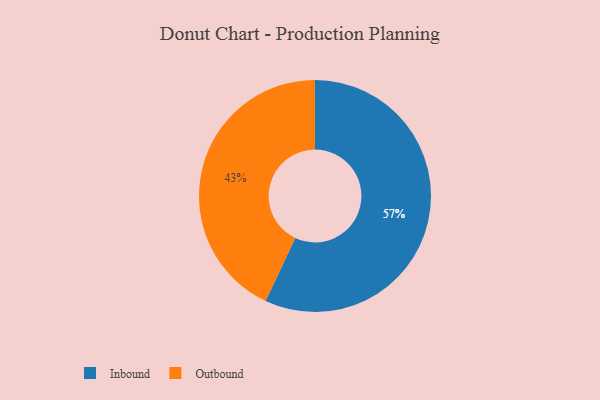
{"axis": {"x": "Category", "y": "Percentage"}, "legend": ["Inbound", "Outbound"], "data": [{"x": "Outbound", "y": 43, "type": "Outbound"}, {"x": "Inbound", "y": 57, "type": "Inbound"}]}